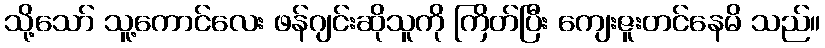
သို့သော် သူ့ကောင်လေး ဖန်ဂျင်းဆိုသူကို ကြိတ်ပြီး ကျေးဇူးတင်နေမိ သည်။